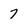
Character: 7